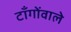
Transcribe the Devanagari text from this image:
टाँगोंवाले